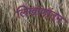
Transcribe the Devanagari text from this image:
लिखाणांतून